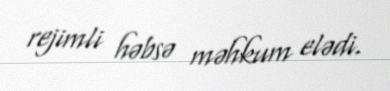
rejimli həbsə məhkum elədi.